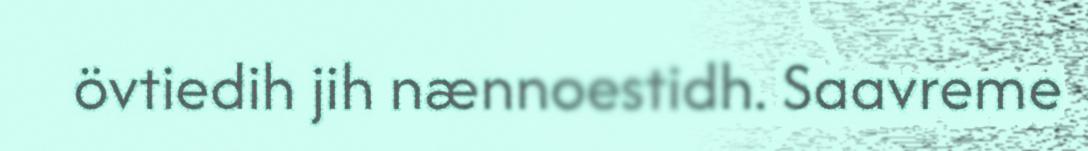
övtiedih jih nænnoestidh. Saavreme